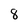
Character: 8